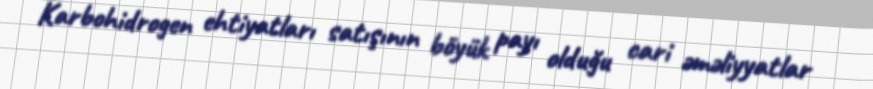
Karbohidrogen ehtiyatları satışının böyük payı olduğu cari əməliyyatlar